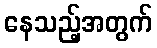
နေသည့်အတွက်